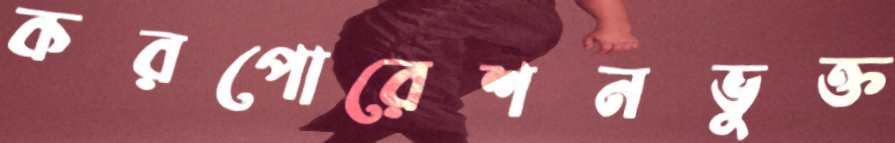
করপোরেশনভুক্ত